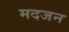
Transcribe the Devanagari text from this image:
मदजन